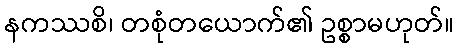
နကဿစိ၊ တစုံတယောက်၏ ဥစ္စာမဟုတ်။